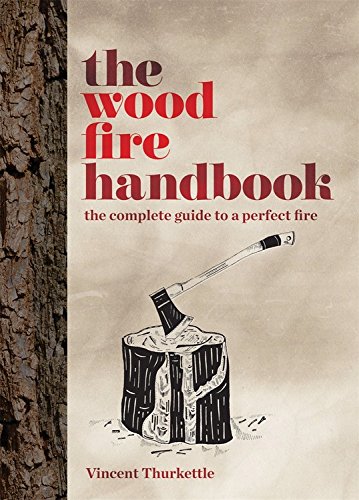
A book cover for The Wood Fire Handbook; Vincent Thurkettle; Crafts, Hobbies & Home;